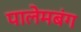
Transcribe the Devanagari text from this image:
पालेमबंग